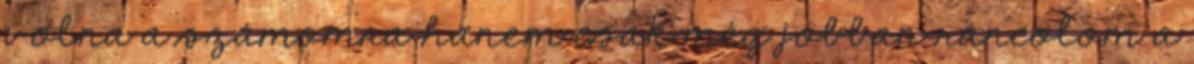
volna a számomra hanem csak még jobban ráncolom a